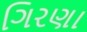
ગિરણા